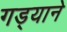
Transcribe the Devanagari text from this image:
गड्याने